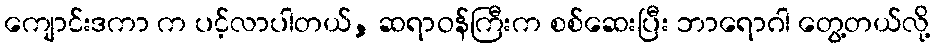
ကျောင်းဒကာ က ပင့်လာပါတယ်, ဆရာဝန်ကြီးက စစ်ဆေးပြီး ဘာရောဂါ တွေ့တယ်လို့